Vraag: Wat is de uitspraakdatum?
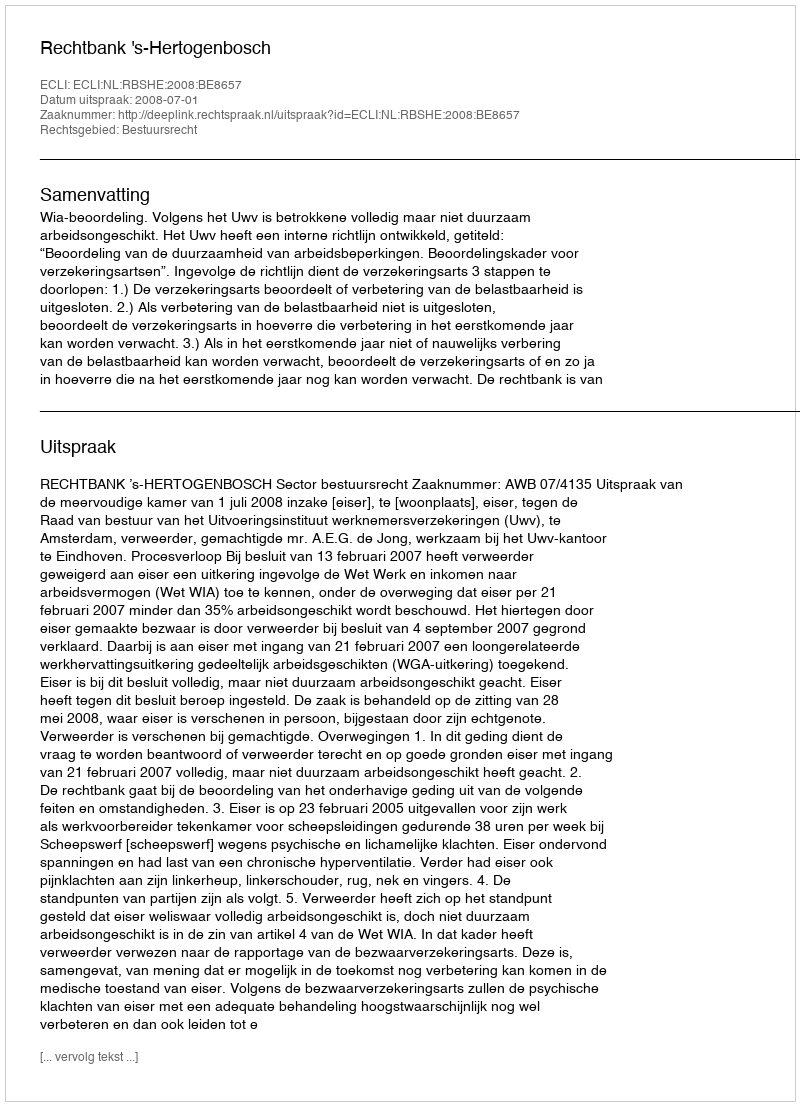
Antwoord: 2008-07-01